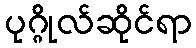
ပုဂ္ဂိုလ်ဆိုင်ရာ